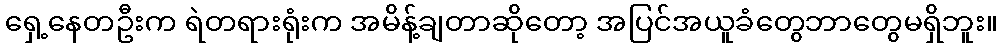
ရှေ့နေတဦးက ရဲတရားရုံးက အမိန့်ချတာဆိုတော့ အပြင်အယူခံတွေဘာတွေမရှိဘူး။